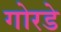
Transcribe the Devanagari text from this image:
गोरडे